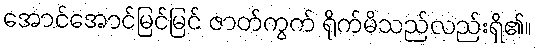
အောင်အောင်မြင်မြင် ဇာတ်ကွက် ရိုက်မိသည်လည်းရှိ၏။